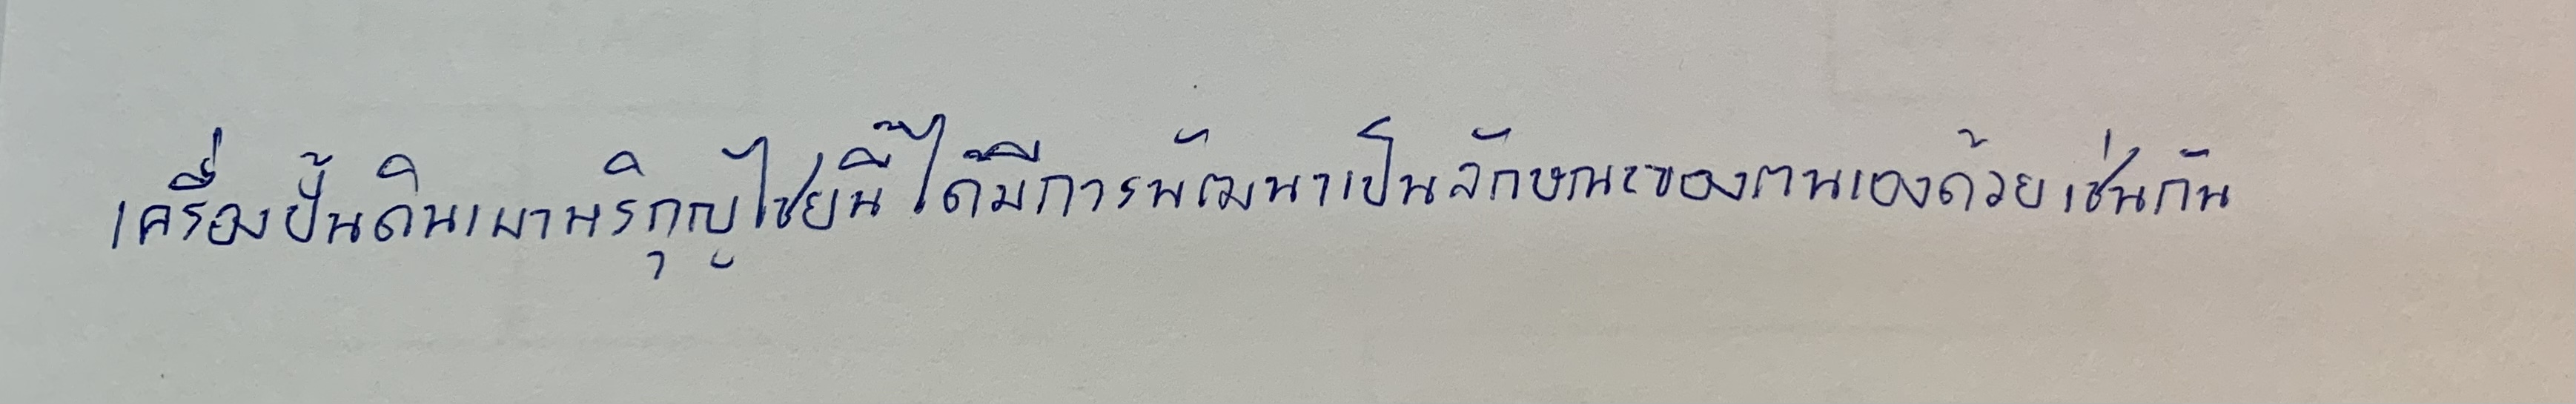
เครื่องปั้นดินเผาหริภุญไชยนี้ได้มีการพัฒนาเป็นลักษณะของตนเองด้วยเช่นกัน